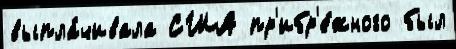
выпла́чивала США пр'ибр'е́жного был